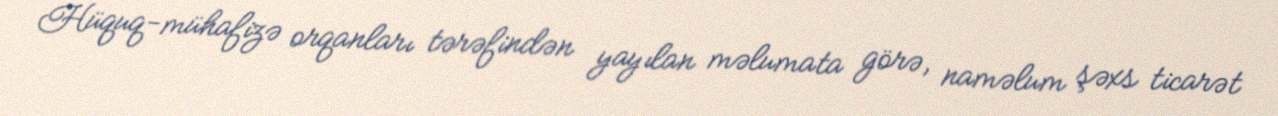
Hüquq-mühafizə orqanları tərəfindən yayılan məlumata görə, naməlum şəxs ticarət